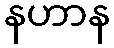
နဟာန